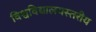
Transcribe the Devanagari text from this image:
विश्वविद्यालयस्तरीय